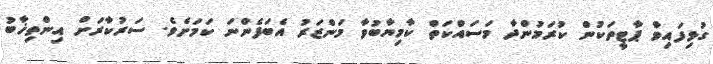
ގުޅިފައިވާ ޕާޓީތަކުން ކުރަމުންދާ މަސައްކަތް ކާމިޔާބުވާ މަންޒަރު އެބަފެންނަ ކަމަށެވެ. ސަރުކާރަށް އިންތިޚާބު